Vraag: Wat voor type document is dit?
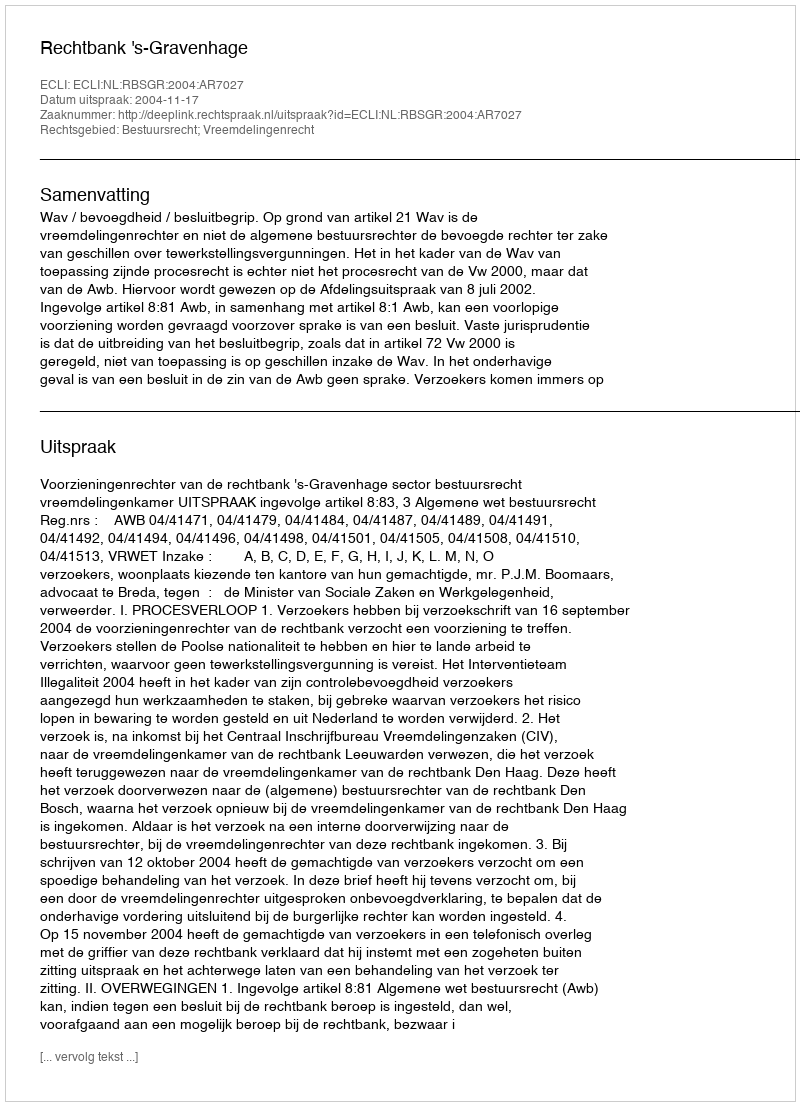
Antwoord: Uitspraak